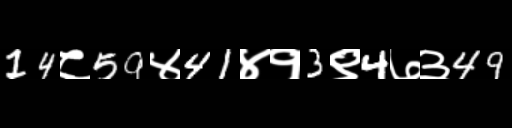
Text: 14८59४41४१3९4७३49